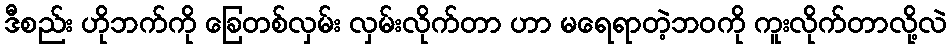
ဒီစည်း ဟိုဘက်ကို ခြေတစ်လှမ်း လှမ်းလိုက်တာ ဟာ မရေရာတဲ့ဘဝကို ကူးလိုက်တာလို့လဲ